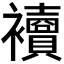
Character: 𧟅